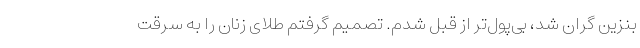
بنزین گران شد، بی‌پول‌تر از قبل شدم. تصمیم گرفتم طلای زنان را به سرقت